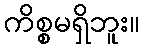
ကိစ္စမရှိဘူး။